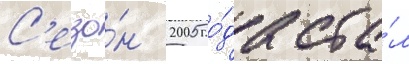
С'езо́н 2005 го́да ста́л